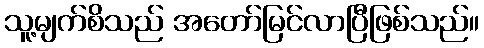
သူ့မျက်စိသည် အတော်မြင်လာပြီဖြစ်သည်။